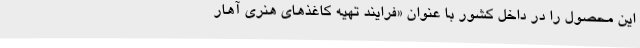
این محصول را در داخل کشور با عنوان «فرایند تهیه کاغذهای هنری آهار